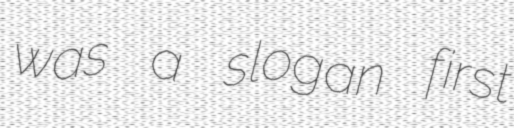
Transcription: was a slogan first